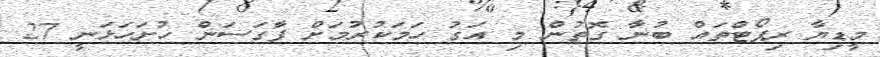
މީޑިޔާ ރިޕޯޓްތައް ބުނާ ގޮތުން މި އަގު ހަމަކުރުމަށް ފާގަސަން ހުށަހަޅަނީ 27